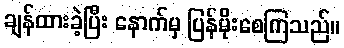
ချန်ထားခဲ့ပြီး နောက်မှ ပြန်မိုးစေကြသည်။